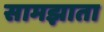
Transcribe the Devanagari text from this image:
सामझाता